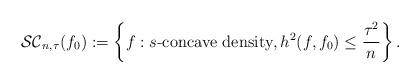
LaTeX: \begin{align*}\mathcal{SC}_{n,\tau}(f_0):=\left\{f:s\textrm{-concave density}, h^2(f,f_0)\leq {\tau^2 \over n}\right\}.\end{align*}